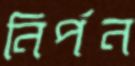
নির্পন